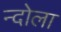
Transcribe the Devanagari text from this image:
न्दोला